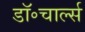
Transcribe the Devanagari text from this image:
डॉ॰चार्ल्स